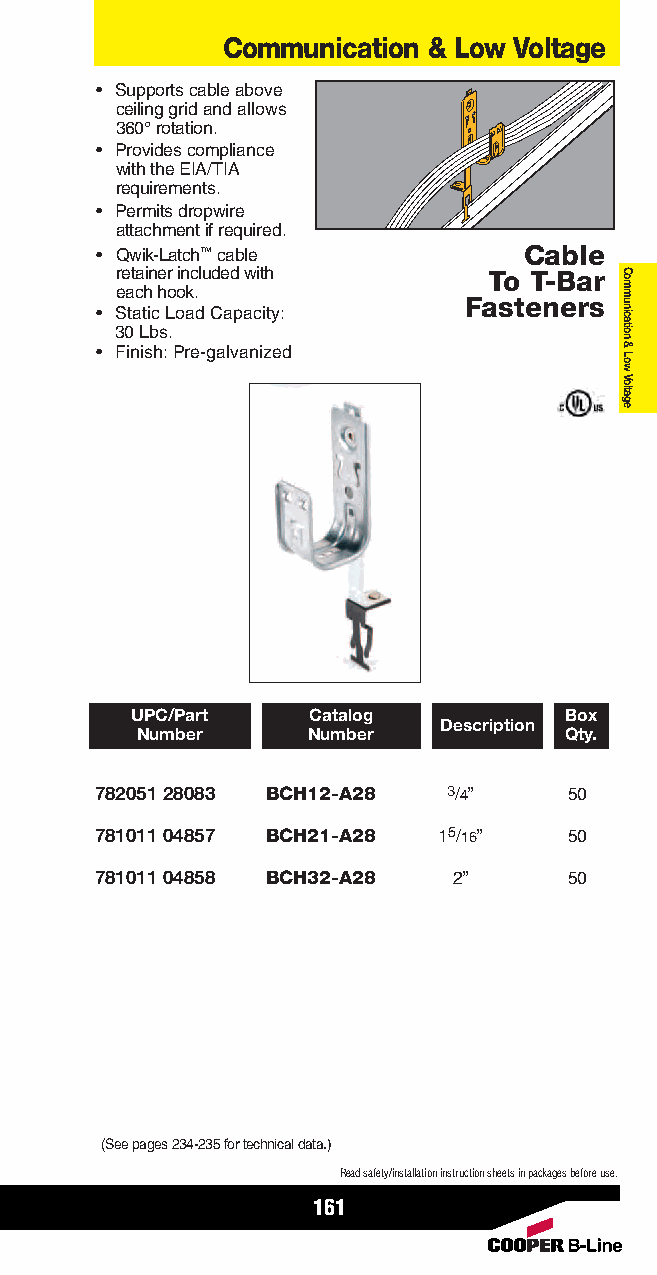
Communication & Low Voltage
 • Supports cable above
 ceiling gridand allows
 360°rotation.
 • Provides compliance
 with the EIA/TIA
 requirements.
 • Permits dropwire
 attachment if required.
 • Qwik-Latch™cable           Cable
 retainer included with  To T-Bar
 each hook.
 Fasteners
 • Static Load Capacity:
 30 Lbs.
 • Finish: Pre-galvanized
 UPC/Part   Catalog          Box
 Description
 Number     Number           Qty.
 782051 28083 BCH12-A28  3/4”    50
 781011 04857 BCH21-A28 15/16”   50
 781011 04858 BCH32-A28  2”      50
 (See pages 234-235 for technical data.)
 Read safety/installation instruction sheets in packages before use.
 161
 Communication
 &
 Low
 Voltage